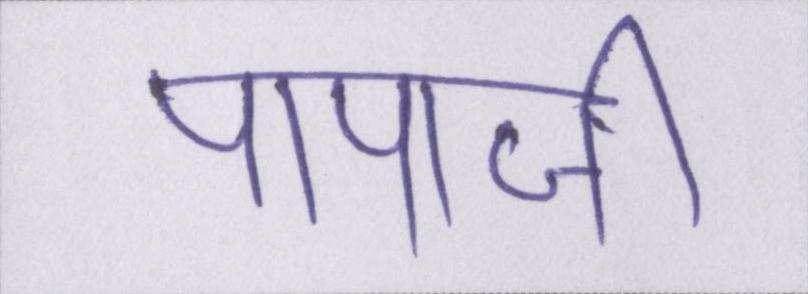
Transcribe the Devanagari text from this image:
पापाजी